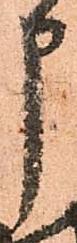
申